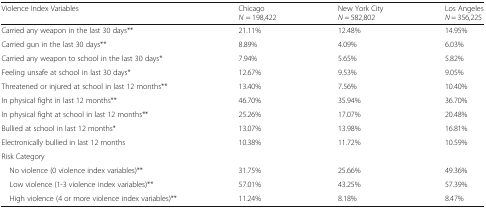
<table><thead><tr><td><b>Violence Index Variables</b></td><td><b>Chicago<i>N</i> = 198,422</b></td><td><b>New York City<i>N</i> = 582,802</b></td><td><b>Los Angeles<i>N</i> = 356,225</b></td></tr></thead><tbody><tr><td>Carried any weapon in the last 30 days**</td><td>21.11%</td><td>12.48%</td><td>14.95%</td></tr><tr><td>Carried gun in the last 30 days**</td><td>8.89%</td><td>4.09%</td><td>6.03%</td></tr><tr><td>Carried any weapon to school in the last 30 days*</td><td>7.94%</td><td>5.65%</td><td>5.82%</td></tr><tr><td>Feeling unsafe at school in last 30 days*</td><td>12.67%</td><td>9.53%</td><td>9.05%</td></tr><tr><td>Threatened or injured at school in last 12 months**</td><td>13.40%</td><td>7.56%</td><td>10.40%</td></tr><tr><td>In physical fight in last 12 months**</td><td>46.70%</td><td>35.94%</td><td>36.70%</td></tr><tr><td>In physical fight at school in last 12 months**</td><td>25.26%</td><td>17.07%</td><td>20.48%</td></tr><tr><td>Bullied at school in last 12 months*</td><td>13.07%</td><td>13.98%</td><td>16.81%</td></tr><tr><td>Electronically bullied in last 12 months</td><td>10.38%</td><td>11.72%</td><td>10.59%</td></tr><tr><td colspan="4">Risk Category</td></tr><tr><td> No violence (0 violence index variables)**</td><td>31.75%</td><td>25.66%</td><td>49.36%</td></tr><tr><td> Low violence (1-3 violence index variables)**</td><td>57.01%</td><td>43.25%</td><td>57.39%</td></tr><tr><td> High violence (4 or more violence index variables)**</td><td>11.24%</td><td>8.18%</td><td>8.47%</td></tr></tbody></table>